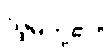
သူမတို့၏။